Lunatic asylums in Bengal annual reports 1899-1911 - 1899-1911
Year: 1899
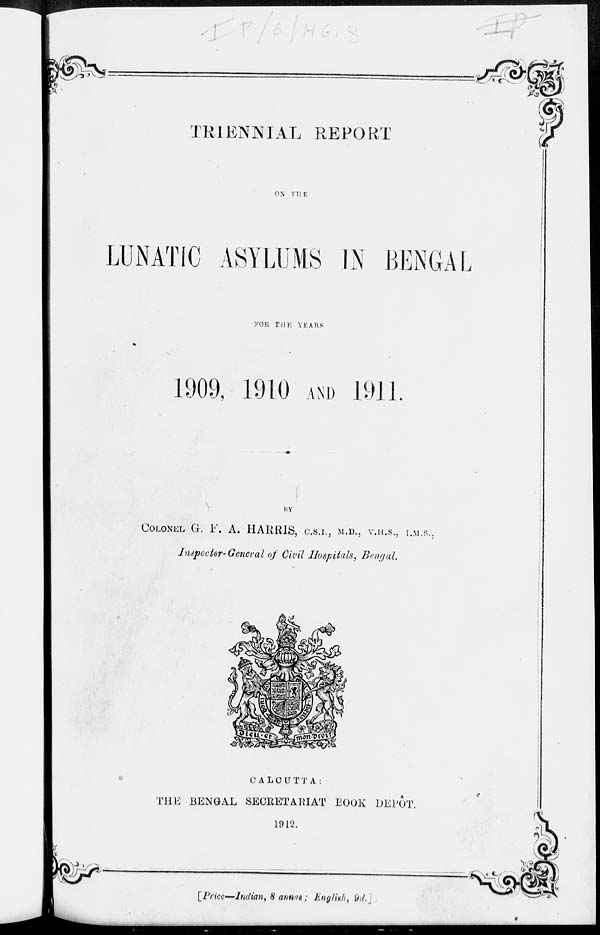
TRIENNIAL REPORT
ON THE
LUNATIC ASYLUMS IN BENGAL
FOR THE YEARS
1909, 1910 AND 1911.
BY
COLONEL G. F. A. HARRIS, C.S.I., M.D., V.H.S., I.M.P.,
Inspector-General of Civil Hospitals, Bengal.
CALCUTTA:
THE BENGAL SECRETARIAT BOOK DEPÔT.
1912.
[Price—Indian, 8 annas; English 9d.